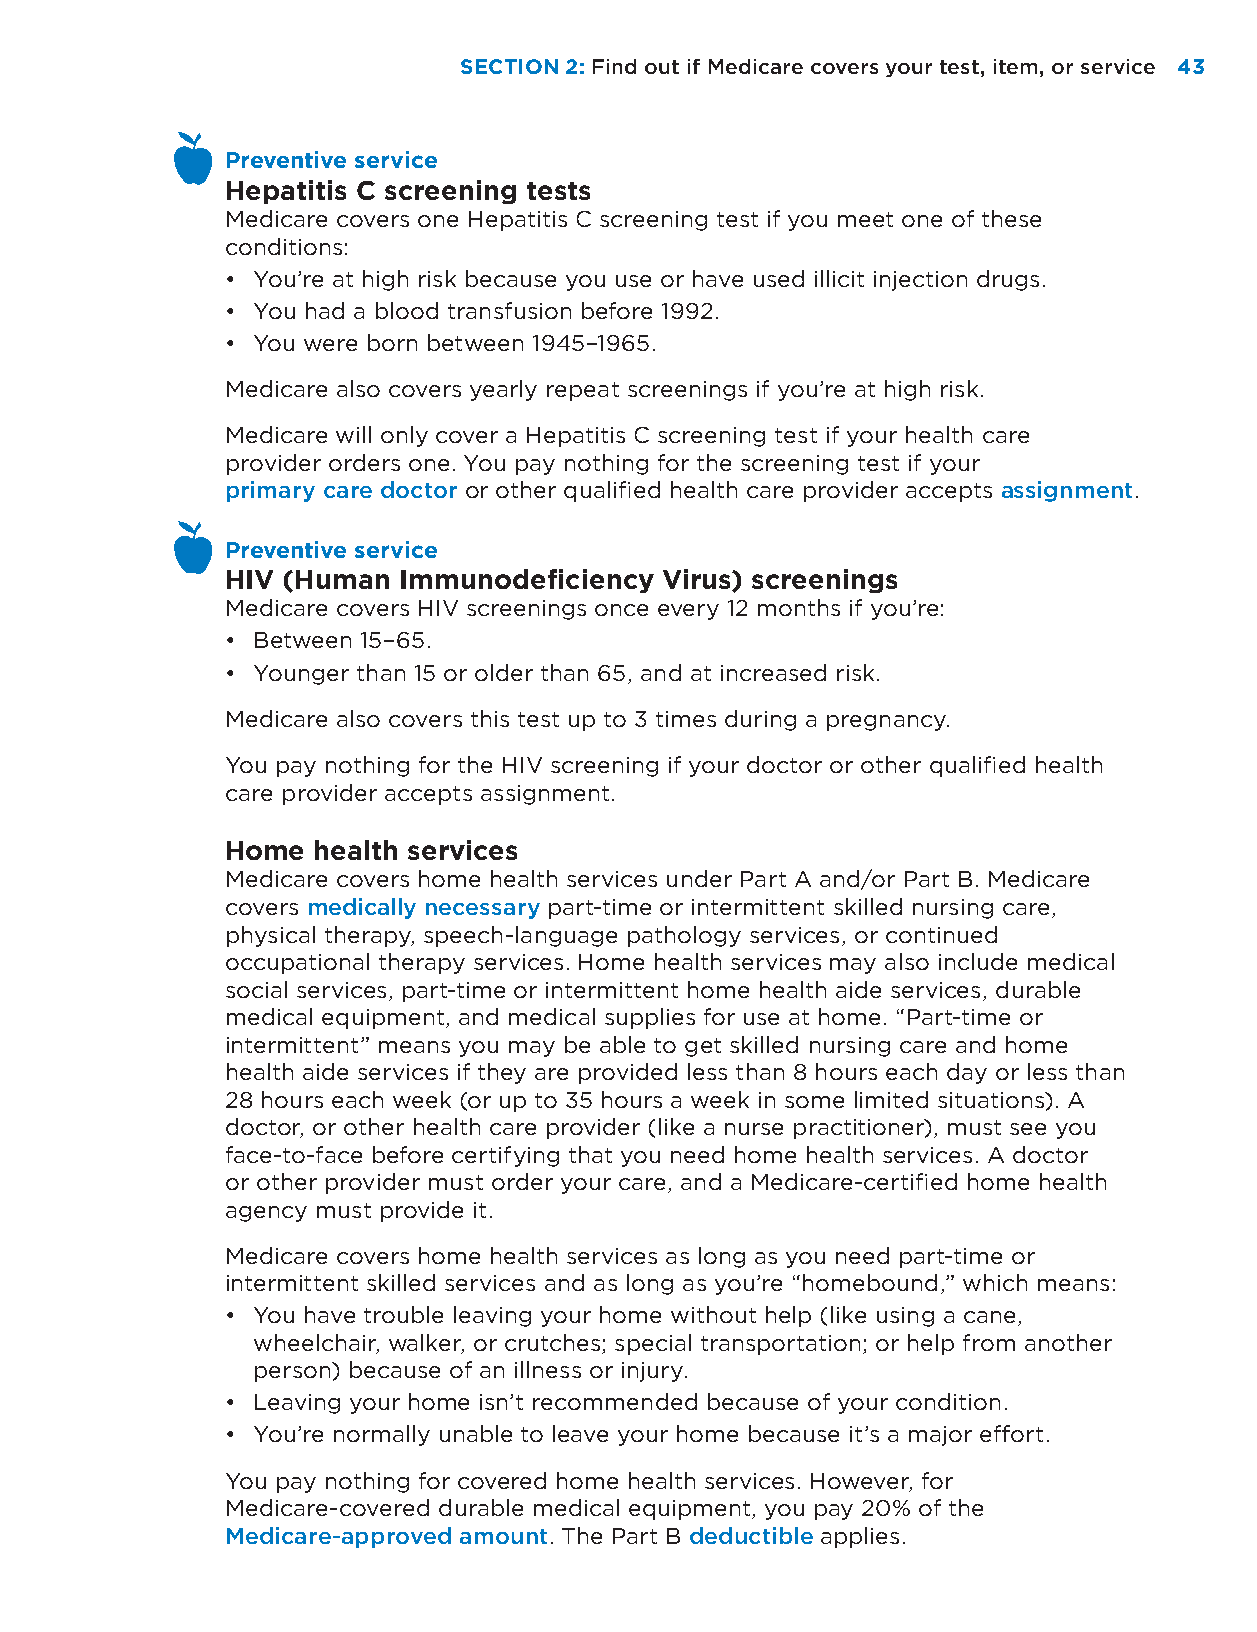
SECTION 2: Find out if Medicare covers your test, item, or service 43
 Preventive service
 Hepatitis C screening tests
 Medicare covers one Hepatitis C screening test if you meet one of these
 conditions:
 • You’re at high risk because you use or have used illicit injection drugs.
 • You had a blood transfusion before 1992.
 • You were born between 1945–1965.
 Medicare also covers yearly repeat screenings if you’re at high risk.
 Medicare will only cover a Hepatitis C screening test if your health care
 provider orders one. You pay nothing for the screening test if your
 primary care doctor or other qualified health care provider accepts assignment.
 Preventive service
 HIV (Human Immunodeficiency  Virus) screenings
 Medicare covers HIV screenings once every 12 months if you’re:
 • Between 15–65.
 • Younger than 15 or older than 65, and at increased risk.
 Medicare also covers this test up to 3 times during a pregnancy.
 You pay nothing for the HIV screening if your doctor or other qualified health
 care provider accepts assignment.
 Home  health services
 Medicare covers home health services under Part A and/or Part B. Medicare
 covers medically necessary part-time or intermittent skilled nursing care,
 physical therapy, speech-language pathology services, or continued
 occupational therapy services. Home health services may also include medical
 social services, part-time or intermittent home health aide services, durable
 medical equipment, and medical supplies for use at home. “Part-time or
 intermittent” means you may be able to get skilled nursing care and home
 health aide services if they are provided less than 8 hours each day or less than
 28 hours each week (or up to 35 hours a week in some limited situations). A
 doctor, or other health care provider (like a nurse practitioner), must see you
 face-to-face before certifying that you need home health services. A doctor
 or other provider must order your care, and a Medicare-certified home health
 agency must provide it.
 Medicare covers home health services as long as you need part-time or
 intermittent skilled services and as long as you’re “homebound,” which means:
 • You have trouble leaving your home without help (like using a cane,
 wheelchair, walker, or crutches; special transportation; or help from another
 person) because of an illness or injury.
 • Leaving your home isn’t recommended because of your condition.
 • You’re normally unable to leave your home because it’s a major effort.
 You pay nothing for covered home health services. However, for
 Medicare-covered durable medical equipment, you pay 20% of the
 Medicare-approved amount. The Part B deductible applies.